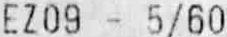
EZ09 - 5/60